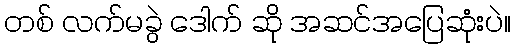
တစ် လက်မခွဲ ဒေါက် ဆို အဆင်အပြေဆုံးပဲ။